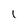
Character: 1